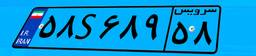
۵۸S۶۸۹۵۸